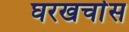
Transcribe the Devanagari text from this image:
घरखर्चास